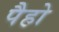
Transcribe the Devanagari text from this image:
पैहो